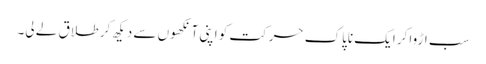
سب اڑواکر ایک ناپاک حرکت کو اپنی آنکھوں سے دیکھ کر طلاق لے لی۔